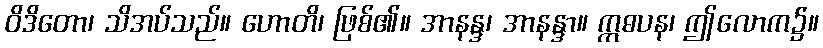
ဝိဒိတော၊ သိအပ်သည်။ ဟောတိ၊ ဖြစ်၏။ အာနန္ဒ၊ အာနန္ဒာ။ ဣဓပန၊ ဤလောက၌။